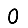
Digit: 0